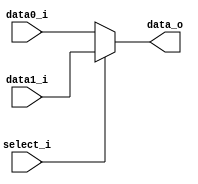
//Subject:     CO project 2 - MUX 221
//--------------------------------------------------------------------------------
//Version:     1
//--------------------------------------------------------------------------------
//Writer:04163150416005
//----------------------------------------------
//Date:
//----------------------------------------------
//Description:
//--------------------------------------------------------------------------------
//Done
module MUX_2to1(
               data0_i,
               data1_i,
               select_i,
               data_o
               );

parameter size = 0;

//I/O ports
input   [size-1:0] data0_i;
input   [size-1:0] data1_i;
input              select_i;
output  [size-1:0] data_o;

//Internal Signals
reg     [size-1:0] data_o;

//Main function

always@(*)begin
	data_o = select_i ? data1_i : data0_i;
end

endmodule